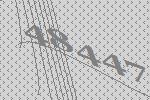
48447